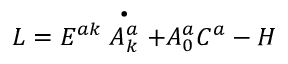
{ \cal L } = E ^ { a k } \stackrel { \bullet } { A _ { k } ^ { a } } + A _ { 0 } ^ { a } C ^ { a } - { \cal H }